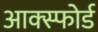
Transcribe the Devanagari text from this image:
आक्स्फोर्ड